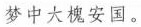
梦中大槐安国。